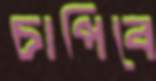
চাপিবে